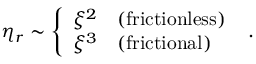
\eta _ { r } \sim \left\{ \begin{array} { l l } { \xi ^ { 2 } } & { ( \mathrm { { f r i c t i o n l e s s } } ) } \\ { \xi ^ { 3 } } & { ( \mathrm { { f r i c t i o n a l } } ) } \end{array} \right. ~ .